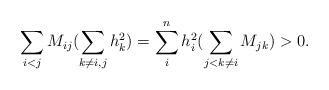
LaTeX: \begin{align*} \sum_{i<j}M_{ij}(\sum_{k\neq i,j}h_k^2)=\sum_i^nh_i^2(\sum_{j<k\neq i}M_{jk})>0.\end{align*}